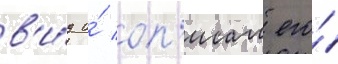
в'и́д и́ оп'исал его́